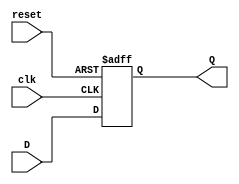
`timescale 1ns / 1ps
//////////////////////////////////////////////////////////////////////////////////
// Company: 
// Engineer: 
// 
// Design Name: 
// Module Name: reg_4_bit
// Project Name: 
// Target Devices: 
// Tool Versions: 
// Description: 
// 
// Dependencies: 
// 
// Revision:
// Revision 0.01 - File Created
// Additional Comments:
// 
//////////////////////////////////////////////////////////////////////////////////


module reg_4_bit (reset, clk, D, Q);
input reset;
input clk;
parameter N = 4; // Allow N to be changed
input [N-1:0] D;
output [N-1:0] Q;
reg [N-1:0] Q;

always @(posedge clk or negedge reset)
if (~reset)
  Q = 0; 
else
  Q = D;
endmodule // regN